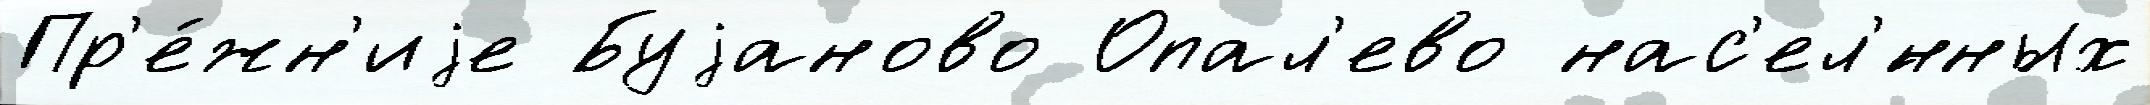
Пр'е́жн'иjе Буjаново Опал'ево нас'ел'́нных